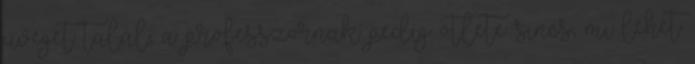
üveget talál, a professzornak pedig ötlete sincs, mi lehet